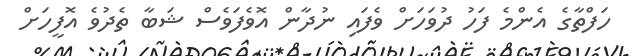
ހަފްތާގެ އެންމެ ފަހު ދުވަހަށް ވެފައި ނުދާން އޮވެފަވެސް ޝަބާ ތެދުވެ އޮފީހަށް